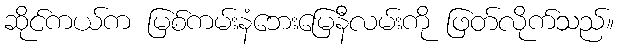
ဆိုင်ကယ်က မြစ်ကမ်းနံဘေးမြေနီလမ်းကို ဖြတ်လိုက်သည်။